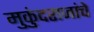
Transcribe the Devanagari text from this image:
मुकुंदराजांचे